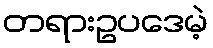
တရားဥပဒေမဲ့